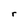
Character: r